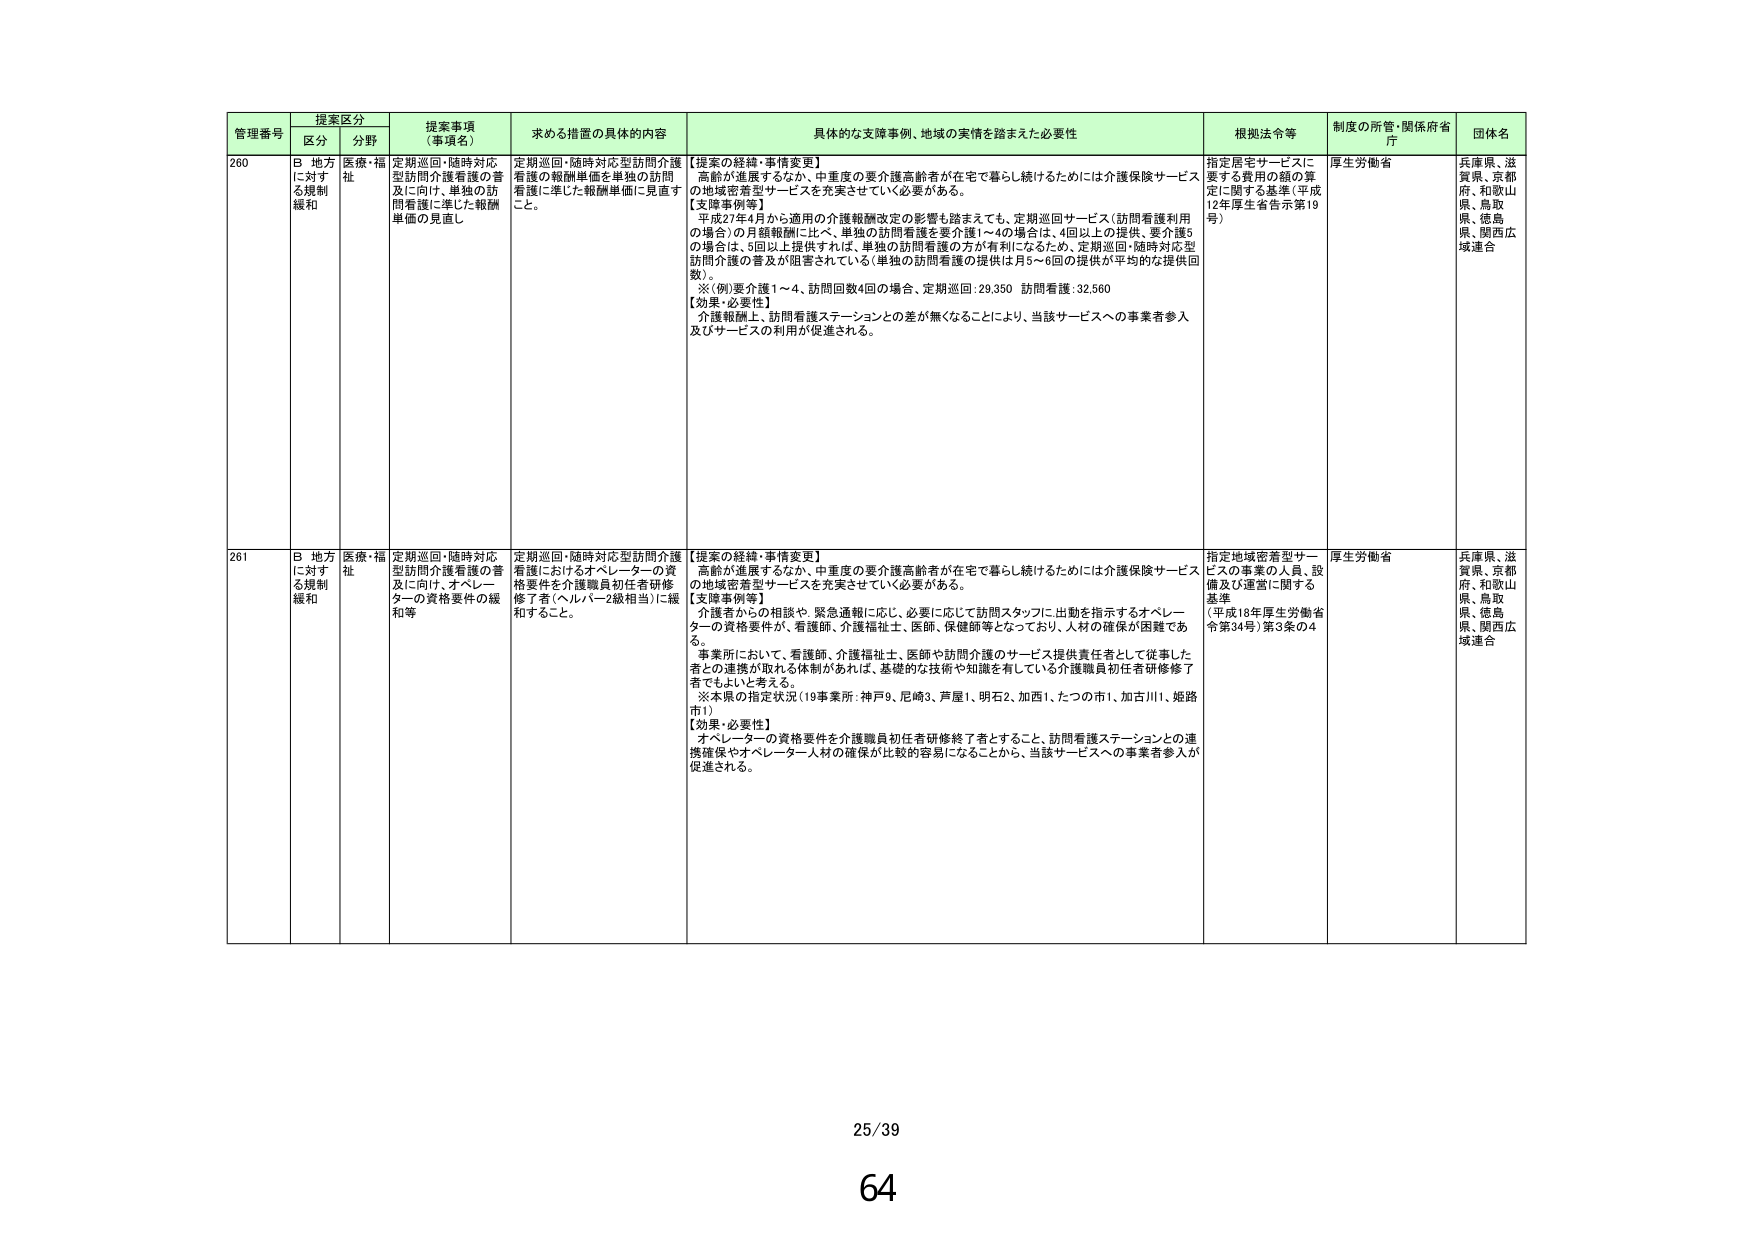
管理番号 提案区分 提案事項（事項名） 求める措置の具体的内容 具体的な支援事例、地域の実情を踏まえた必要性 根拠法令等 制度の所管・関係府省庁 団体名
区分 分野
260 B 地方に対する規制緩和 医療・福祉 定期巡回・随時対応型訪問介護看護の普及に向け、単独の訪問看護に準じた報酬単価の見直し 定期巡回・随時対応型訪問介護看護の報酬単価を単独の訪問看護に準じた報酬単価に見直すこと。 【提案の経緯・事情変更】 高齢が進展するなか、中重度の要介護高齢者が在宅で暮らし続けるためには介護保険サービスの地域密着型サービスを充実させていく必要がある。 【支援事例等】 平成27年4月から適用の介護報酬改定の影響も踏まえても、定期巡回サービス（訪問看護利用の場合）の月額報酬に比べ、単独の訪問看護を要介護1～4の場合は、4回以上の提供、要介護5の場合は、5回以上提供すれば、単独の訪問看護の方が有利になるため、定期巡回・随時対応型訪問介護の普及が阻害されている（単独の訪問看護の提供は月5～6回の提供が平均的な提供回数）。 ※（例）要介護1～4、訪問回数4回の場合、定期巡回：29,350 訪問看護：32,560 【効果・必要性】 介護報酬上、訪問看護ステーションとの差が無くなることにより、当該サービスへの事業者参入及びサービスの利用が促進される。 指定居宅サービスに要する費用の額の算定に関する基準（平成12年厚生省告示第19号） 厚生労働省 兵庫県、滋賀県、京都府、和歌山県、鳥取県、徳島県、関西広域連合
261 B 地方に対する規制緩和 医療・福祉 定期巡回・随時対応型訪問介護看護の普及に向け、オペレーターの資格要件の緩和等 定期巡回・随時対応型訪問介護看護におけるオペレーターの資格要件を介護職員初任者研修修了者（ヘルパー2級相当）に緩和すること。 【提案の経緯・事情変更】 高齢が進展するなか、中重度の要介護高齢者が在宅で暮らし続けるためには介護保険サービスの地域密着型サービスを充実させていく必要がある。 【支援事例等】 介護者からの相談や、緊急通報に応じ、必要に応じて訪問スタッフに出動を指示するオペレーターの資格要件が、看護師、介護福祉士、医師、保健師等となっており、人材の確保が困難である。 事業所において、看護師、介護福祉士、医師や訪問介護のサービス提供責任者として従事した者の連携が取れる体制があれば、基礎的な技術や知識を有している介護職員初任者研修修了者でもよいと考える。 ※本県の指定状況（19事業所：神戸9、尼崎3、芦屋1、明石2、加西1、たつの市1、加古川1、姫路市1） 【効果・必要性】 オペレーターの資格要件を介護職員初任者研修終了者とすること、訪問看護ステーションとの連携確保やオペレーター人材の確保が比較的容易になることから、当該サービスへの事業者参入が促進される。 指定地域密着型サービスの事業の人員、設備及び運営に関する基準 （平成18年厚生労働省令第34号）第3条の4 厚生労働省 兵庫県、滋賀県、京都府、和歌山県、鳥取県、徳島県、関西広域連合
25/39
64